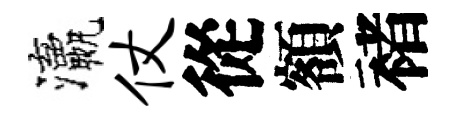
瀛仗從額褚